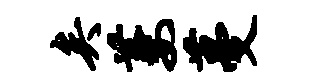
矣萋蔓